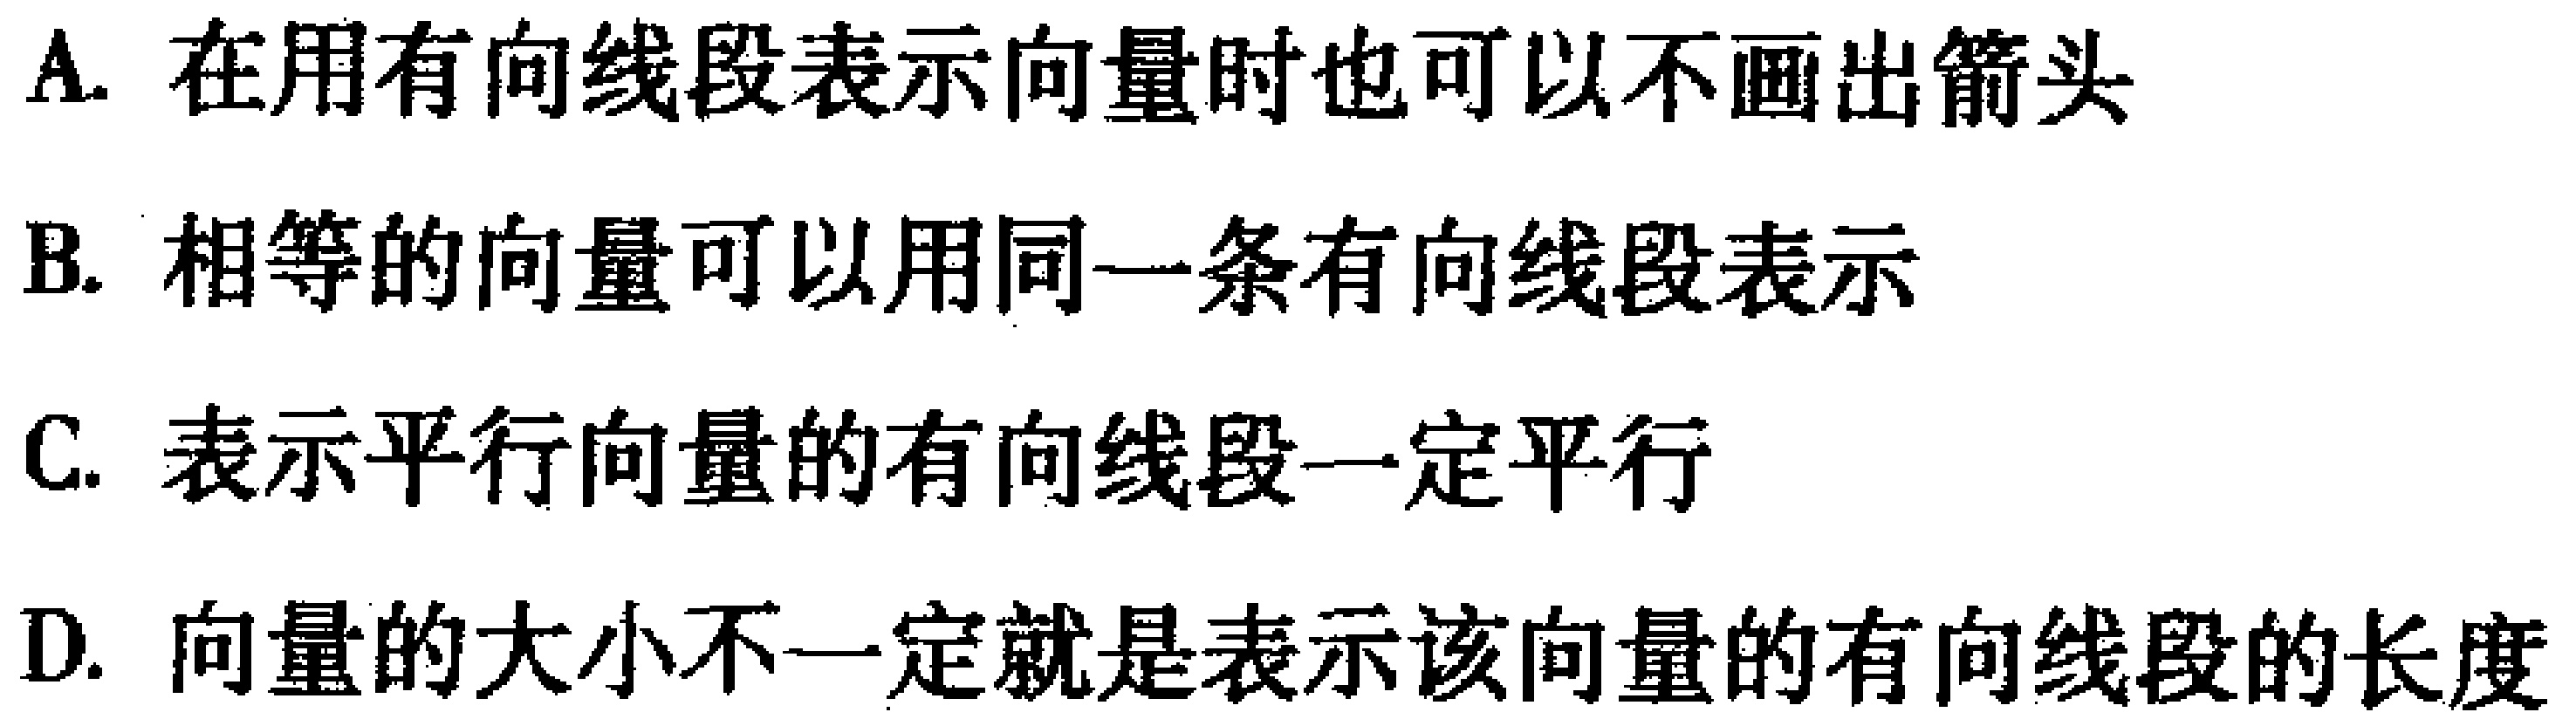
A. 在用有向线段表示向量时也可以不画出箭头
B. 相等的向量可以用同一条有向线段表示
C. 表示平行向量的有向线段一定平行
D. 向量的大小不一定就是表示该向量的有向线段的长度